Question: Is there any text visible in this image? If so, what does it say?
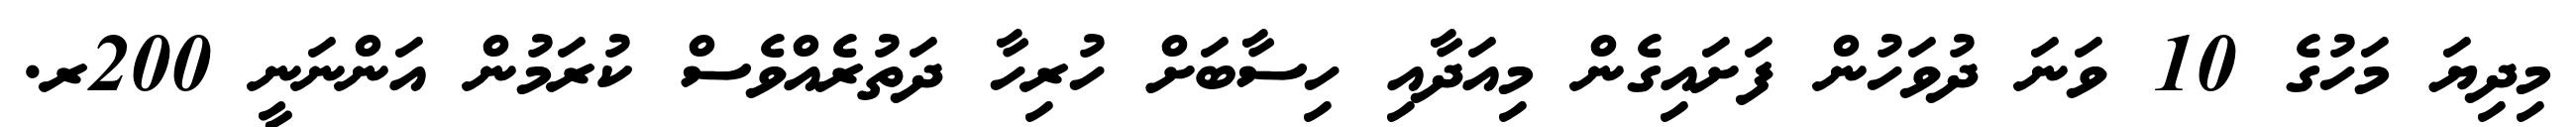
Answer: މިދިޔަ މަހުގެ 10 ވަނަ ދުވަހުން ފަށައިގެން މިއަދާއި ހިސާބަށް ހުރިހާ ދަތުރެއްވެސް ކުރަމުން އަންނަނީ 200ރ.